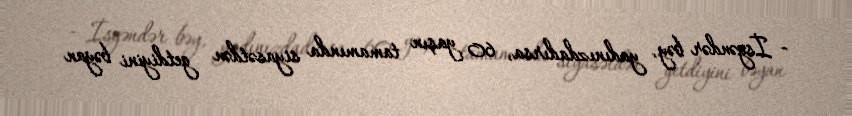
- İsgəndər bəy, yadınızdadırsa, 60 yaşın tamamında siyasətdən getdiyini bəyan